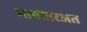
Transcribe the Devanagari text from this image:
भाषांतरअत